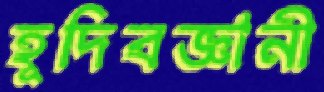
হূদিবজ্ঞানী